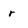
Character: r